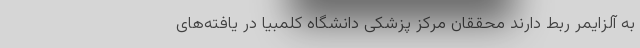
به آلزایمر ربط دارند محققان مرکز پزشکی دانشگاه کلمبیا در یافته‌های